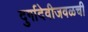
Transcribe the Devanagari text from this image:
दुर्गादेवीजवळची